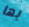
بها